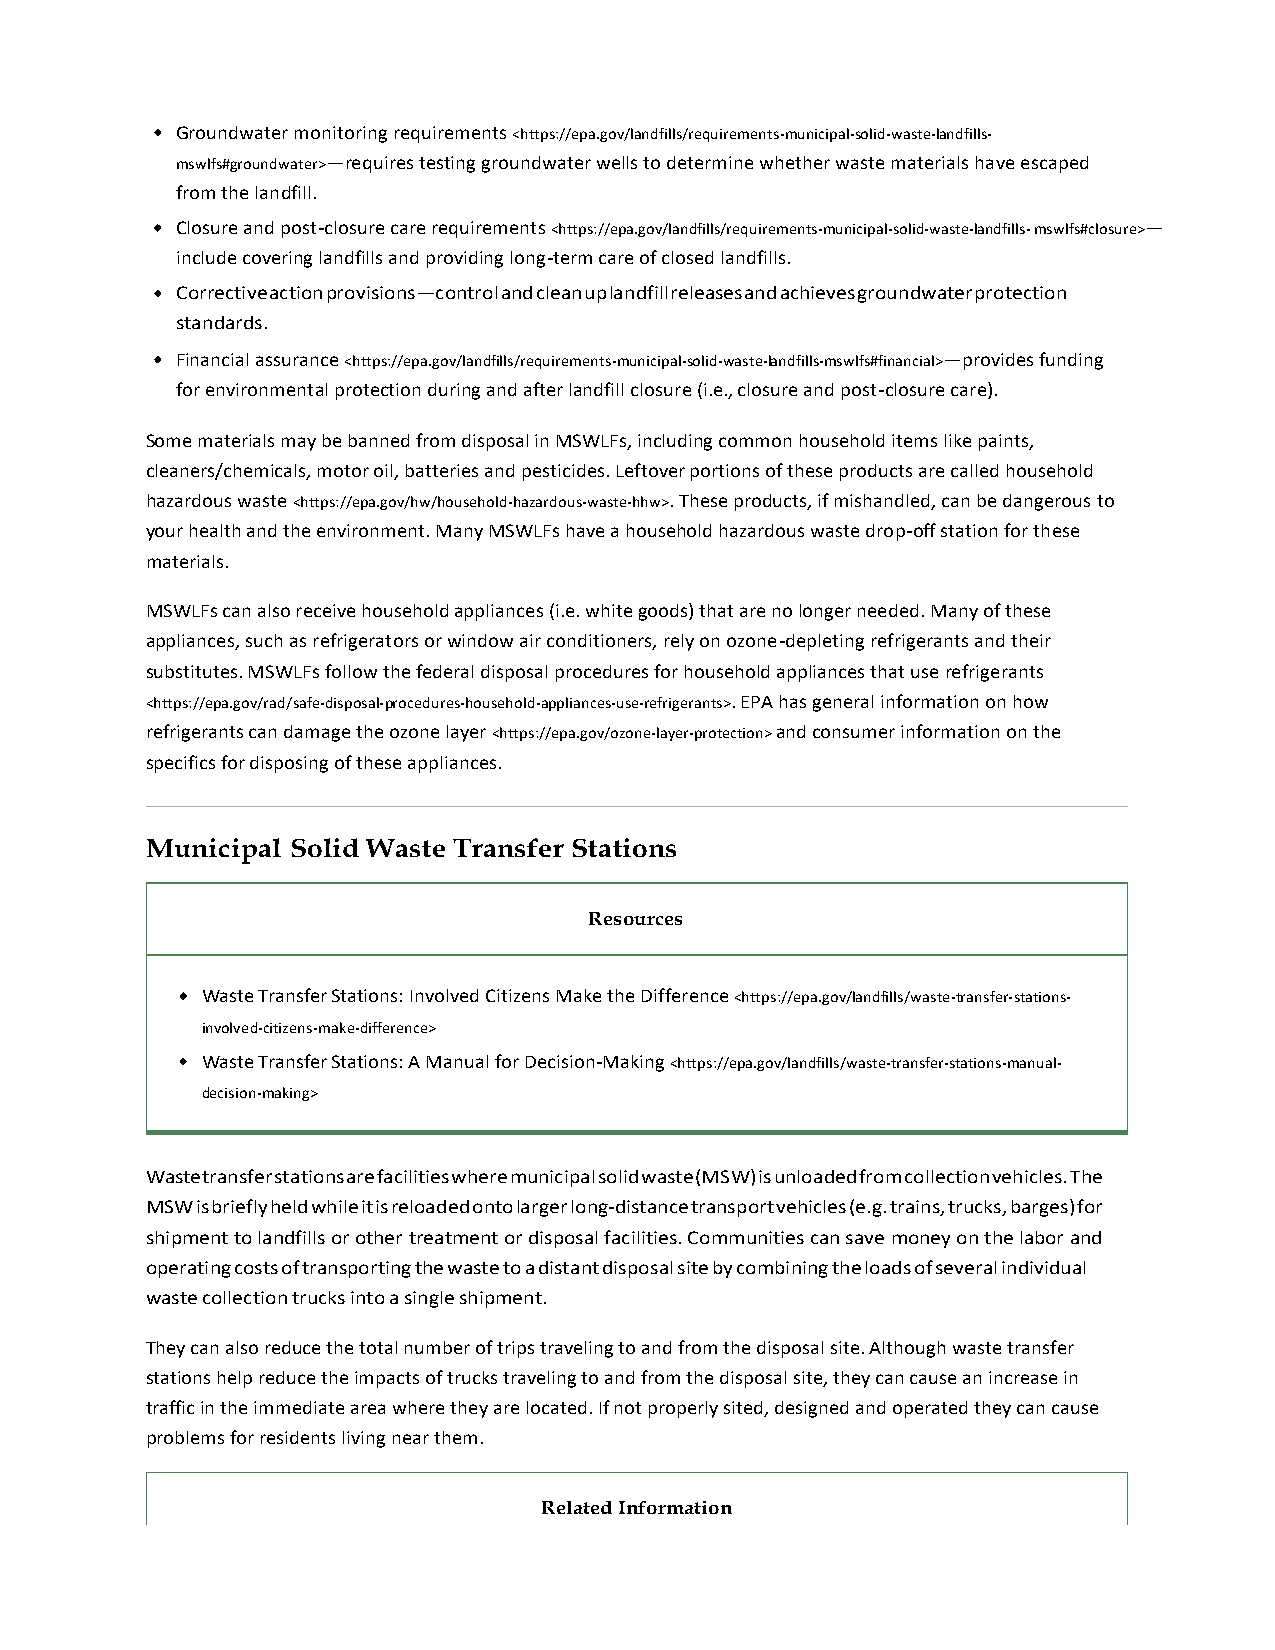
Groundwater monitoring requirements <https://epa.gov/landfills/requirements-municipal-solid-waste-landfills-
 mswlfs#groundwater>—requires testing groundwater wells to determine whether waste materials have escaped
 from the landfill.
 Closure and post-closure care requirements <https://epa.gov/landfills/requirements-municipal-solid-waste-landfills- mswlfs#closure>—
 include covering landfills and providing long-term care of closed landfills.
 Corrective action provisions—control and clean up landfill releases and achieves groundwater protection
 standards.
 Financial assurance <https://epa.gov/landfills/requirements-municipal-solid-waste-landfills-mswlfs#financial>—provides funding
 for environmental protection during and after landfill closure (i.e., closure and post-closure care).
 Some materials may be banned from disposal in MSWLFs, including common household items like paints,
 cleaners/chemicals, motor oil, batteries and pesticides. Leftover portions of these products are called household
 hazardous waste <https://epa.gov/hw/household-hazardous-waste-hhw>. These products, if mishandled, can be dangerous to
 your health and the environment. Many MSWLFs have a household hazardous waste drop-off station for these
 materials.
 MSWLFs can also receive household appliances (i.e. white goods) that are no longer needed. Many of these
 appliances, such as refrigerators or window air conditioners, rely on ozone-depleting refrigerants and their
 substitutes. MSWLFs follow the federal disposal procedures for household appliances that use refrigerants
 <https://epa.gov/rad/safe-disposal-procedures-household-appliances-use-refrigerants>. EPA has general information on how
 refrigerants can damage the ozone layer <https://epa.gov/ozone-layer-protection> and consumer information on the
 specifics for disposing of these appliances.
 Municipal Solid Waste Transfer Stations
 Resources
 Waste Transfer Stations: Involved Citizens Make the Difference <https://epa.gov/landfills/waste-transfer-stations-
 involved-citizens-make-difference>
 Waste Transfer Stations: A Manual for Decision-Making <https://epa.gov/landfills/waste-transfer-stations-manual-
 decision-making>
 Waste transfer stations are facilities where municipal solid waste (MSW) is unloaded from collection vehicles. The
 MSW is briefly held while it is reloaded onto larger long-distance transport vehicles (e.g. trains, trucks, barges) for
 shipment to landfills or other treatment or disposal facilities. Communities can save money on the labor and
 operating costs of transporting the waste to a distant disposal site by combining the loads of several individual
 waste collection trucks into a single shipment.
 They can also reduce the total number of trips traveling to and from the disposal site. Although waste transfer
 stations help reduce the impacts of trucks traveling to and from the disposal site, they can cause an increase in
 traffic in the immediate area where they are located. If not properly sited, designed and operated they can cause
 problems for residents living near them.
 Related Information